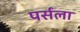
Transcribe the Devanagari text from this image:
पर्सला